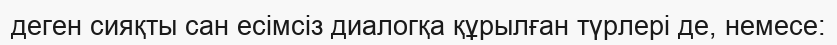
деген сияқты сан есiмсiз диалогқа құрылған түрлерi де, немесе: